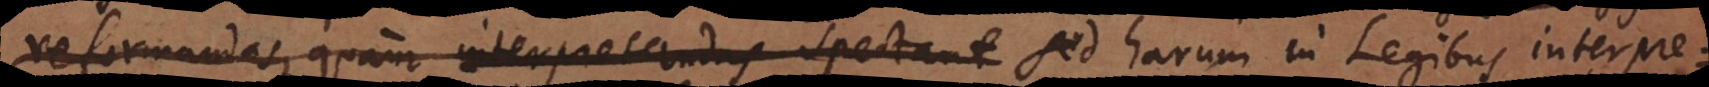
reformandas, quam interpretandas spectant sed harum in Legibus interpre